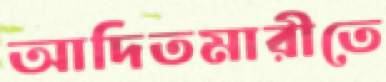
আদিতমারীতে